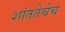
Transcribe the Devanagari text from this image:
शांततेचेच